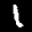
Label: 1